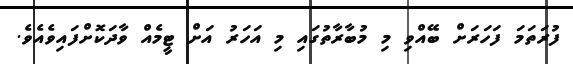
ފުރަތަމަ ފަހަރަށް ބޭއްވި މި މުބާރާތުގައި މި އަހަރު އަށް ޓީމެއް ވާދަކޮށްފައިވެއެވެ.